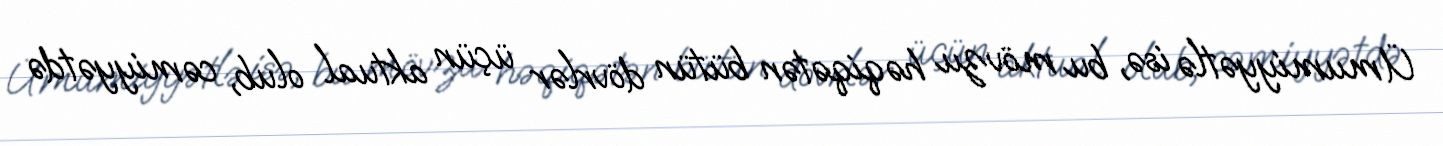
Ümumiyyətlə isə, bu mövzu həqiqətən bütün dövrlər üçün aktual olub, cəmiyyətdə